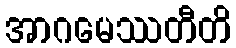
အာဂမေဿတီတိ